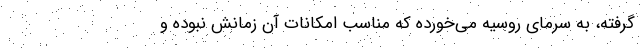
‌گرفته، به سرمای روسیه می‌خورده که مناسب امکانات آن زمانش نبوده و